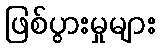
ဖြစ်ပွားမှုများ